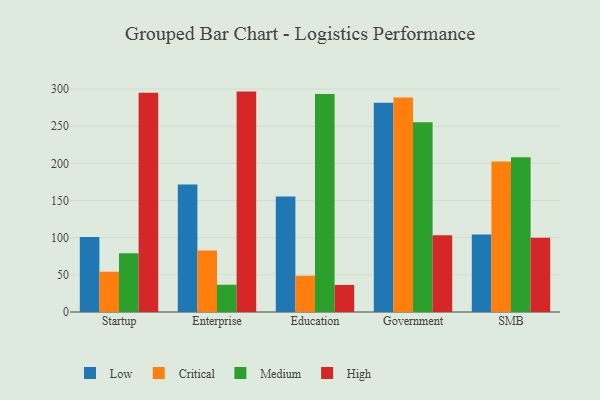
{"axis": {"x": "Segment", "y": "Energy Usage (MWh)"}, "legend": ["Critical", "High", "Low", "Medium"], "data": [{"x": "Startup", "y": 100.8, "type": "Low"}, {"x": "Startup", "y": 54.2, "type": "Critical"}, {"x": "Startup", "y": 79.0, "type": "Medium"}, {"x": "Startup", "y": 295.0, "type": "High"}, {"x": "Enterprise", "y": 171.5, "type": "Low"}, {"x": "Enterprise", "y": 82.7, "type": "Critical"}, {"x": "Enterprise", "y": 36.7, "type": "Medium"}, {"x": "Enterprise", "y": 296.5, "type": "High"}, {"x": "Education", "y": 155.3, "type": "Low"}, {"x": "Education", "y": 48.7, "type": "Critical"}, {"x": "Education", "y": 293.4, "type": "Medium"}, {"x": "Education", "y": 36.4, "type": "High"}, {"x": "Government", "y": 281.4, "type": "Low"}, {"x": "Government", "y": 288.5, "type": "Critical"}, {"x": "Government", "y": 255.4, "type": "Medium"}, {"x": "Government", "y": 103.4, "type": "High"}, {"x": "SMB", "y": 104.4, "type": "Low"}, {"x": "SMB", "y": 202.3, "type": "Critical"}, {"x": "SMB", "y": 208.1, "type": "Medium"}, {"x": "SMB", "y": 99.8, "type": "High"}]}